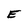
Character: E